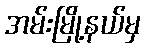
အမ်းမြို့နယ်မှ